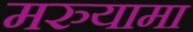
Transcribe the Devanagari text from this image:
मरुयामा